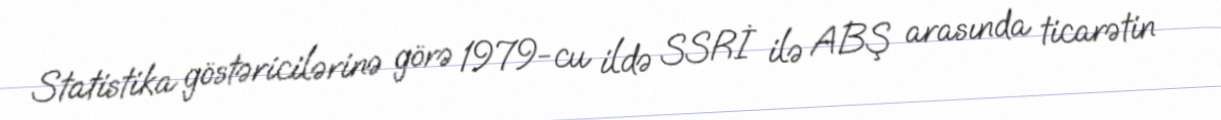
Statistika göstəricilərinə görə 1979-cu ildə SSRİ ilə ABŞ arasında ticarətin